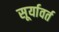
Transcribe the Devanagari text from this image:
सूर्यावर्त